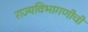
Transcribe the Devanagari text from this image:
राज्यविभागणीची